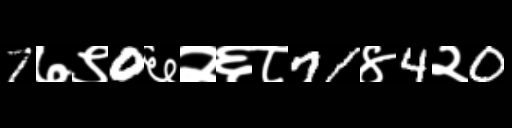
Text: 7७९0६२६८71४4२0